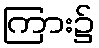
ကြား၌